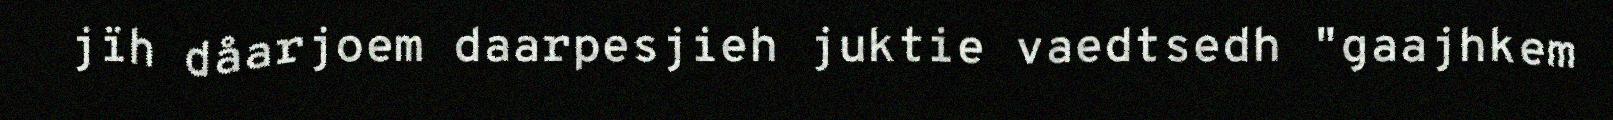
jïh dåarjoem daarpesjieh juktie vaedtsedh "gaajhkem